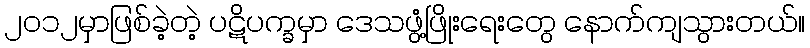
၂၀၁၂မှာဖြစ်ခဲ့တဲ့ ပဋိပက္ခမှာ ဒေသဖွံ့ဖြိုးရေးတွေ နောက်ကျသွားတယ်။